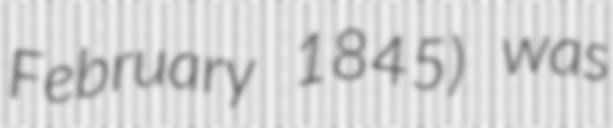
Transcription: February 1845) was